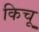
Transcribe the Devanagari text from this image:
किचू